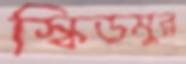
স্কিডমুর